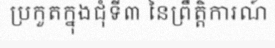
ប្រកួតក្នុងជុំទី៣ នៃព្រឹត្តិការណ៍